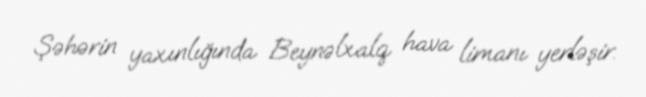
Şəhərin yaxınlığında Beynəlxalq hava limanı yerləşir.